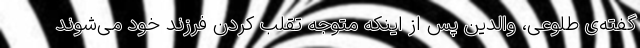
گفته‌ی طلوعی، والدین پس از اینکه متوجه تقلب کردن فرزند خود می‌شوند